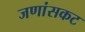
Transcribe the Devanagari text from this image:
जणांसकट